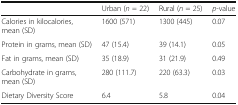
|  | Urban (n = 22) | Rural (n = 25) | p-value |
 | --- | --- | --- | --- |
 | Calories in kilocalories, mean (SD) | 1600 (571) | 1300 (445) | 0.07 |
 | Protein in grams, mean (SD) | 47 (15.4) | 39 (14.1) | 0.05 |
 | Fat in grams, mean (SD) | 35 (18.9) | 31 (21.9) | 0.49 |
 | Carbohydrate in grams, mean (SD) | 280 (111.7) | 220 (63.3) | 0.03 |
 | Dietary Diversity Score | 6.4 | 5.8 | 0.04 |